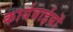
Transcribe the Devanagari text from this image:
कार्यवाईयों